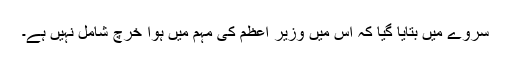
سروے میں بتایا گیا کہ اس میں وزیر اعظم کی مہم میں ہوا خرچ شامل نہیں ہے۔